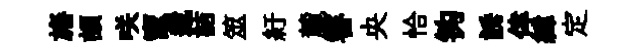
旛頡咲竈遞詰筮紆麓審央恰钩誘倖緯定